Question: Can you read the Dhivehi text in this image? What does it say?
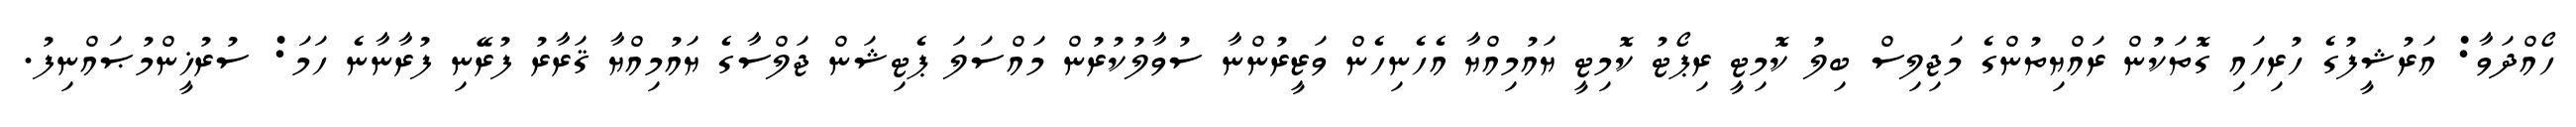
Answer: ހޯއްދަވާ: އަރުޝީފުގެ ހުރިހައި ގޮތަކުން ރައްޔިތުންގެ މަޖިލިސް ބިލު ކޮމިޓީ ރިޕޯޓު ކޮމިޓީ ޔައުމިއްޔާ އެހެނިހެން ވަޒީރުންނާ ސުވާލުކުރުން މައްސަލަ ޕެޓިޝަން ޖަލްސާގެ ޔައުމިއްޔާ ޤަރާރު ފުރޭނި ފުރާނާނެ ހަމަ: ސުރުޚީންމުޞައްނިފު.